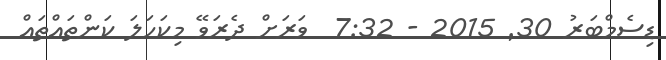
ޑިސެމްބަރު 30